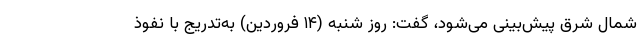
شمال شرق پیش‌بینی می‌شود، گفت: روز شنبه (۱۴ فروردین) به‌تدریج با نفوذ